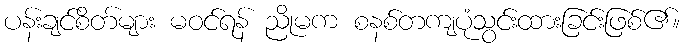
ပန်းချင်စိတ်များ မဝင်ရန် ညိုမက စနစ်တကျပုံသွင်းထားခြင်းဖြစ်၏။